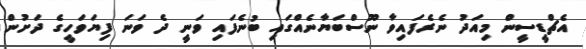
އެޗްޑީސީން މިއަދު ނެރެފައިވާ ނޫސްބަޔާނެއްގައި ބުނެފައި ވަނީ ދެ ވަނަ ފިޔަވަހީގެ ދަށުން